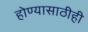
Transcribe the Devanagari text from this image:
होण्यासाठीही